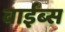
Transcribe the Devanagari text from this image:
वाईब्स